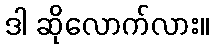
ဒါ ဆိုလောက်လား။